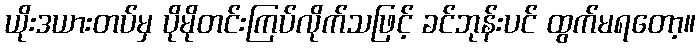
ယိုးဒယားတပ်မှ ပိုမိုတင်းကြပ်လိုက်သဖြင့် ခင်ဘုန်းပင် ထွက်မရတော့။